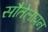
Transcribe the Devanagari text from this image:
सौतेलापन